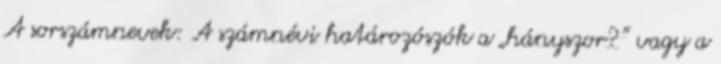
A sorszámnevek: A számnévi határozószók a „hányszor?” vagy a